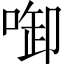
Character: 啣